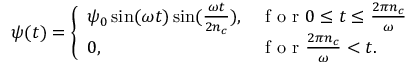
\psi ( t ) = \left\{ \begin{array} { l l } { \psi _ { 0 } \sin ( \omega t ) \sin ( \frac { \omega t } { 2 n _ { c } } ) , } & { \mathrm { ~ f ~ o ~ r ~ } 0 \leq t \leq \frac { 2 \pi n _ { c } } { \omega } } \\ { 0 , } & { \mathrm { ~ f ~ o ~ r ~ } \frac { 2 \pi n _ { c } } { \omega } < t . } \end{array} \right.